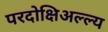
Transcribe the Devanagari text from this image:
परदोक्षिअल्ल्य